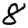
Digit: 8